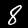
Digit: 8